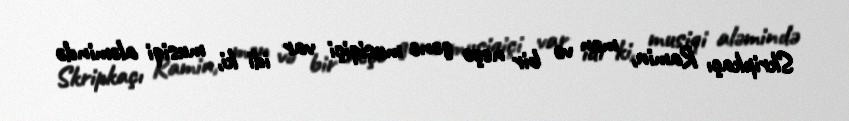
Skripkaçı Ramin, mən və bir neçə gənc musiqiçi var idi ki, musiqi aləmində